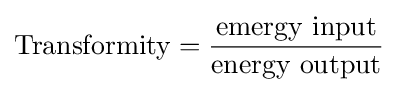
{\mbox{Transformity}}={\frac {\mbox{emergy input}}{\mbox{energy output}}}